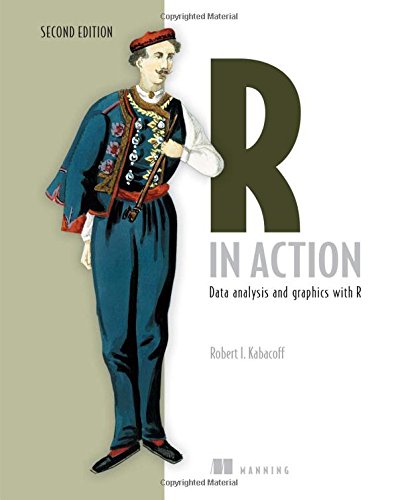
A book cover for R in Action: Data Analysis and Graphics with R; Robert Kabacoff; Computers & Technology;